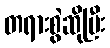
တရားစွဲဆိုပြီး